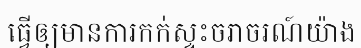
ធ្វើឲ្យមានការកក់ស្ទះចរាចរណ៍យ៉ាង